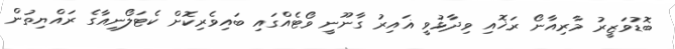
ބޮޑުވަޒީރު މާރިއާނޯ ރަޚޮއި ވިދާޅުވީ ޣައިރު ގާނޫނީ ވޯޓެއްގައި ބައިވެރިކޮށް ކެޓަލޯނިއާގެ ރައްޔިތުން